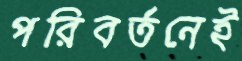
পরিবর্তনেই